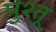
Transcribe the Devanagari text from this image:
पुश्‍तू